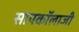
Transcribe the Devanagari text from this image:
सायकॉलाजी